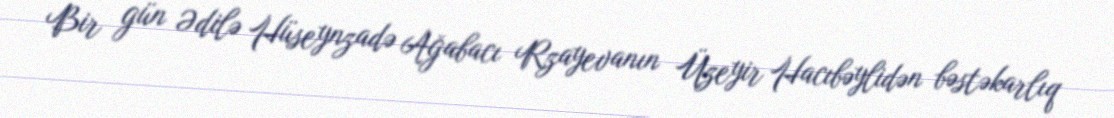
Bir gün Ədilə Hüseynzadə Ağabacı Rzayevanın Üzeyir Hacıbəylidən bəstəkarlıq